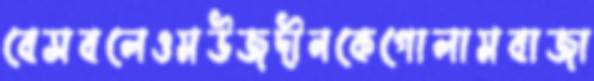
বেসবলেওমউজদীনকেগোলামবাজা